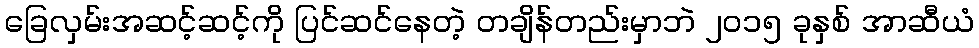
ခြေလှမ်းအဆင့်ဆင့်ကို ပြင်ဆင်နေတဲ့ တချိန်တည်းမှာဘဲ ၂၀၁၅ ခုနှစ် အာဆီယံ